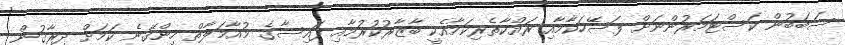
ސަބަބުން ކަސްޓަމަރުންނަށް ފަސޭހަކާމާއި ރައްކާތެރިކަމާއެކީ ބާޒާރުކުރުމާއި ފައިސާގެ މުއާމަލާތް ހިންގޭނެ ކަމަށް ދިރާގުން